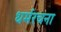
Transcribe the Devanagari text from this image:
धर्मरचना